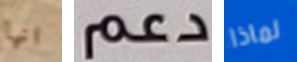
انها دعم لماذا